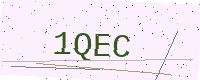
Text: 1QEC